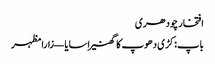
افتخار چودھری
باپ: کڑی دھوپ کا گھنیرا سایا — زارا مظہر